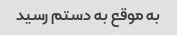
به موقع به دستم رسید